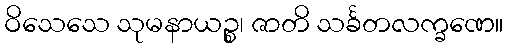
ဝိသေသေ သုမနာယဉ္စ၊ ဇာတိ သင်္ခတလက္ခဏေ။